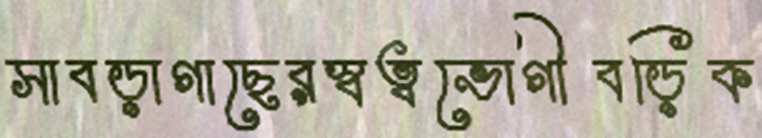
সাবড়াগাছেরস্বত্বভোগীবড়িক